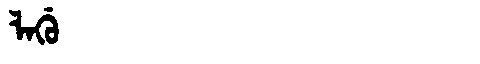
Manchu: ᠯᠠᡤᡠ
Romanization: LAGU